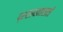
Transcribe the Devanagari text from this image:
प्रसाधनासाठी